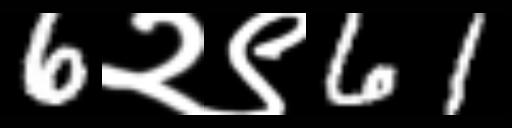
Text: 6२९61